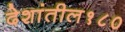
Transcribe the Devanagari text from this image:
देशांतील१८०